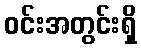
ဝင်းအတွင်းရှိ